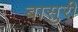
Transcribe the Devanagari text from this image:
बासुरी